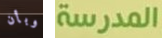
وبأن المدرسة